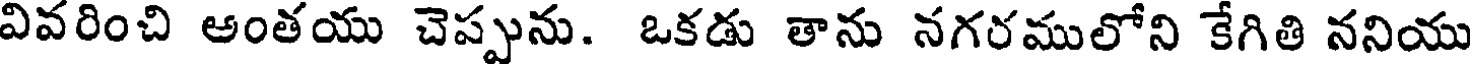
వివరించి అంతయు చెప్పును. ఒకడు తాను నగరములోని కేగితి ననియు